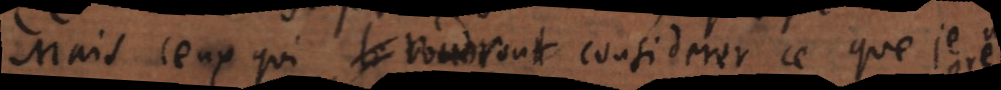
Mais ceux qui voudront considerer ce que je